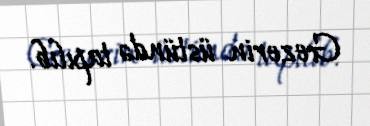
Gezerin üstündə tapılıb.